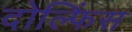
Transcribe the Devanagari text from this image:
दोल्फिंस